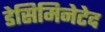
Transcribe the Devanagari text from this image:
डेसिमिनेटेद